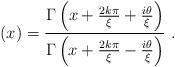
LaTeX: \begin{align*}\left(x\right)=\frac{\Gamma\left(x+\frac{2k\pi}{\xi}+\frac{i\theta}{\xi}\right)}{\Gamma\left(x+\frac{2k\pi}{\xi}-\frac{i\theta}{\xi}\right)}\ .\end{align*}